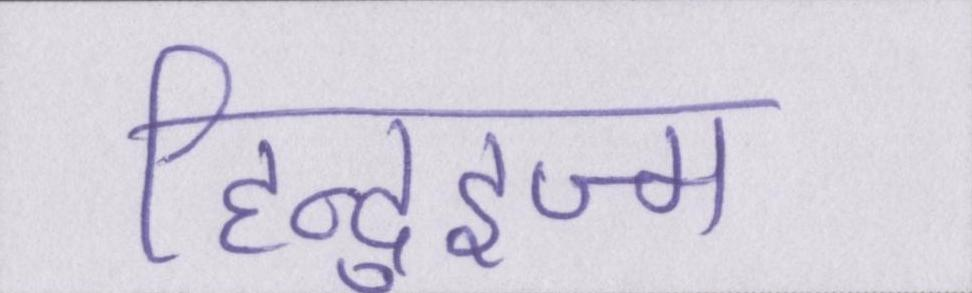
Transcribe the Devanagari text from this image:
हिन्दुइज्म